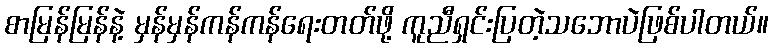
စာမြန်မြန်နဲ့ မှန်မှန်ကန်ကန်ရေးတတ်ဖို့ ကူညီရှင်းပြတဲ့သဘောပဲဖြစ်ပါတယ်။